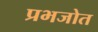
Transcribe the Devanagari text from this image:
प्रभजोत